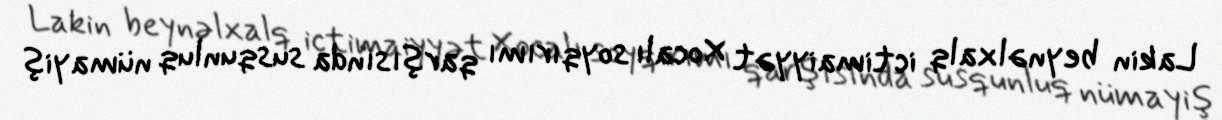
Lakin beynəlxalq ictimaiyyət Xocalı soyqırımı qarşısında susqunluq nümayiş